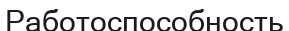
Работоспособность